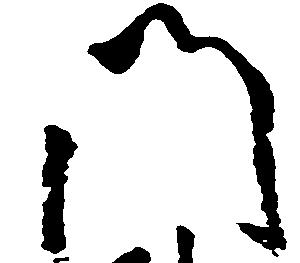
門